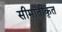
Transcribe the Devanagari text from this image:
सीमांतीकृत